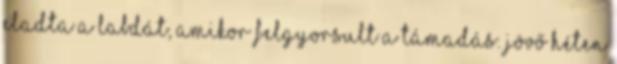
eladta a labdát, amikor felgyorsult a támadás. Jövő héten